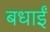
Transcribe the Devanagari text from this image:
बधाईं